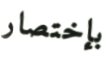
بإختصار